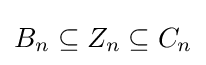
B_{n}\subseteq Z_{n}\subseteq C_{n}